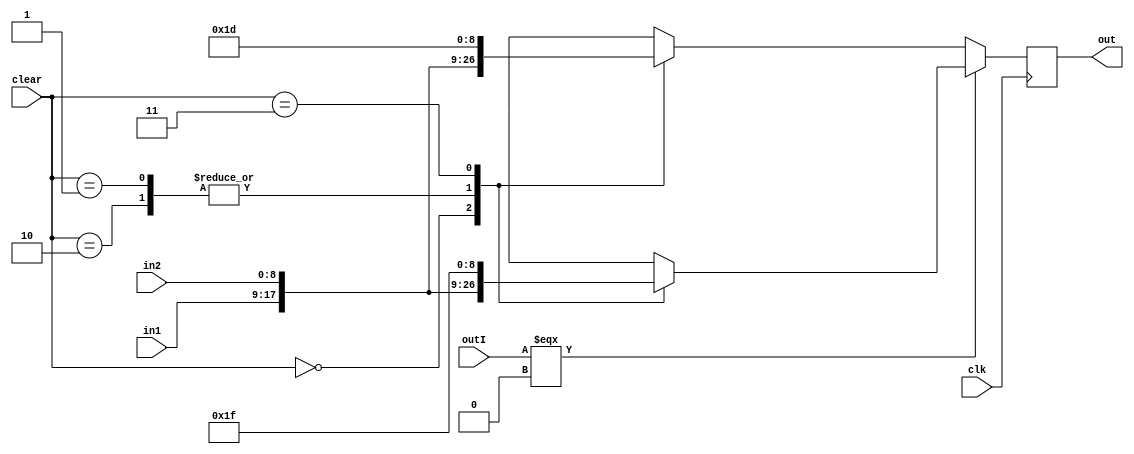
 module Dffrom(out, clear, outI, in1, in2, clk);
	parameter n = 9;
	input [n-1:0] in1, in2;
	input [1:0] clear; // 1 is clear, 0 is not clear
	input clk, outI;
	output reg [n-1:0] out;
initial	
	begin
		out <= 9'b000000000;
	end
always @(posedge clk)
	begin
		if (outI === 1'b0)
		begin
		case(clear)
		2'b00: out <= in1;
		2'b10: out <= in2;
		2'b01: out <= in2;
		2'b11: out <= 9'b000011111;
		endcase
		end
		else
		begin
		case(clear)
		2'b00: out <= in1;
		2'b10: out <= in2;
		2'b01: out <= in2;
		2'b11: out <= 9'b000011101;
		endcase
		end	
	end
endmodule